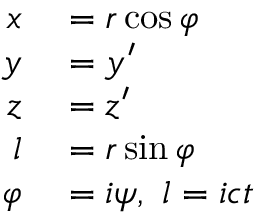
\scriptstyle { \begin{array} { r l } { x } & { { } = r \cos \varphi } \\ { y } & { { } = y ^ { \prime } } \\ { z } & { { } = z ^ { \prime } } \\ { l } & { { } = r \sin \varphi } \\ { \varphi } & { { } = i \psi , \ l = i c t } \end{array} }